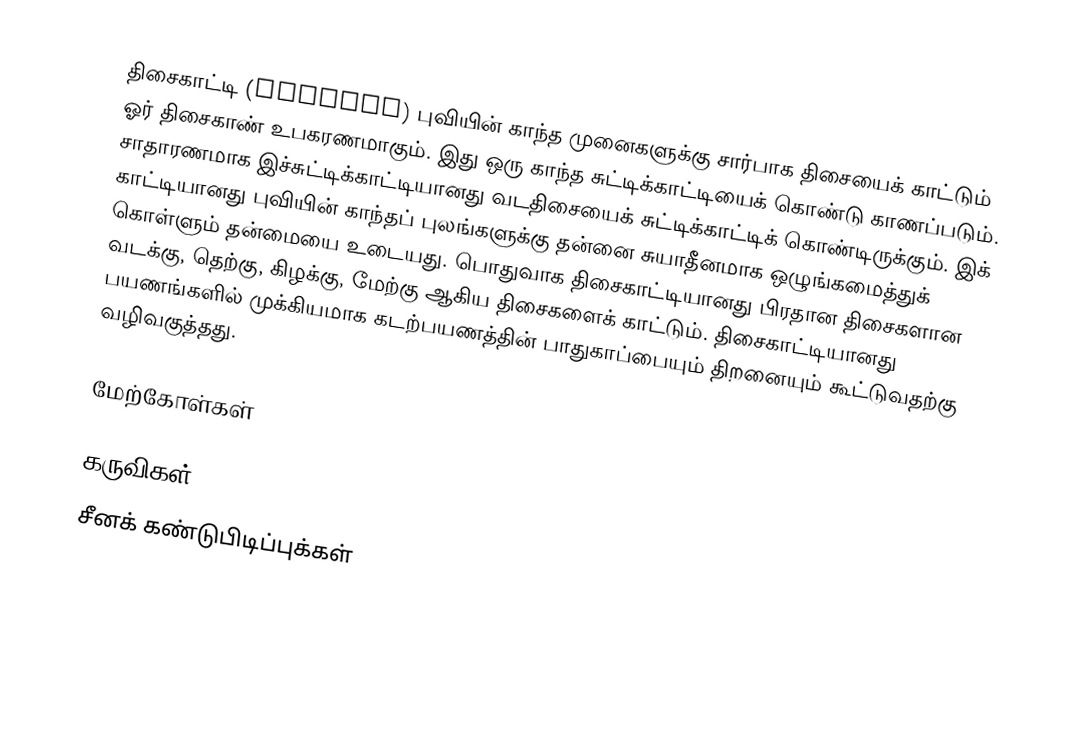
திசைகாட்டி (compass) புவியின் காந்த முனைகளுக்கு சார்பாக திசையைக் காட்டும் ஓர் திசைகாண் உபகரணமாகும். இது ஒரு காந்த சுட்டிக்காட்டியைக் கொண்டு காணப்படும். சாதாரணமாக இச்சுட்டிக்காட்டியானது வடதிசையைக் சுட்டிக்காட்டிக் கொண்டிருக்கும். இக் காட்டியானது புவியின் காந்தப் புலங்களுக்கு தன்னை சுயாதீனமாக ஒழுங்கமைத்துக் கொள்ளும் தன்மையை உடையது. பொதுவாக திசைகாட்டியானது பிரதான திசைகளான வடக்கு, தெற்கு, கிழக்கு, மேற்கு ஆகிய திசைகளைக் காட்டும். திசைகாட்டியானது பயணங்களில் முக்கியமாக கடற்பயணத்தின் பாதுகாப்பையும் திறனையும் கூட்டுவதற்கு வழிவகுத்தது.

மேற்கோள்கள்

கருவிகள்
சீனக் கண்டுபிடிப்புக்கள்